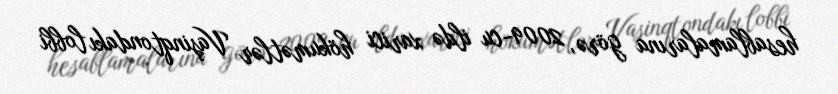
hesablamalarına görə, 2009-cu ildə xarici hökumətlər Vaşinqtondakı lobbi